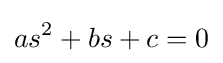
as^{2}+bs+c=0